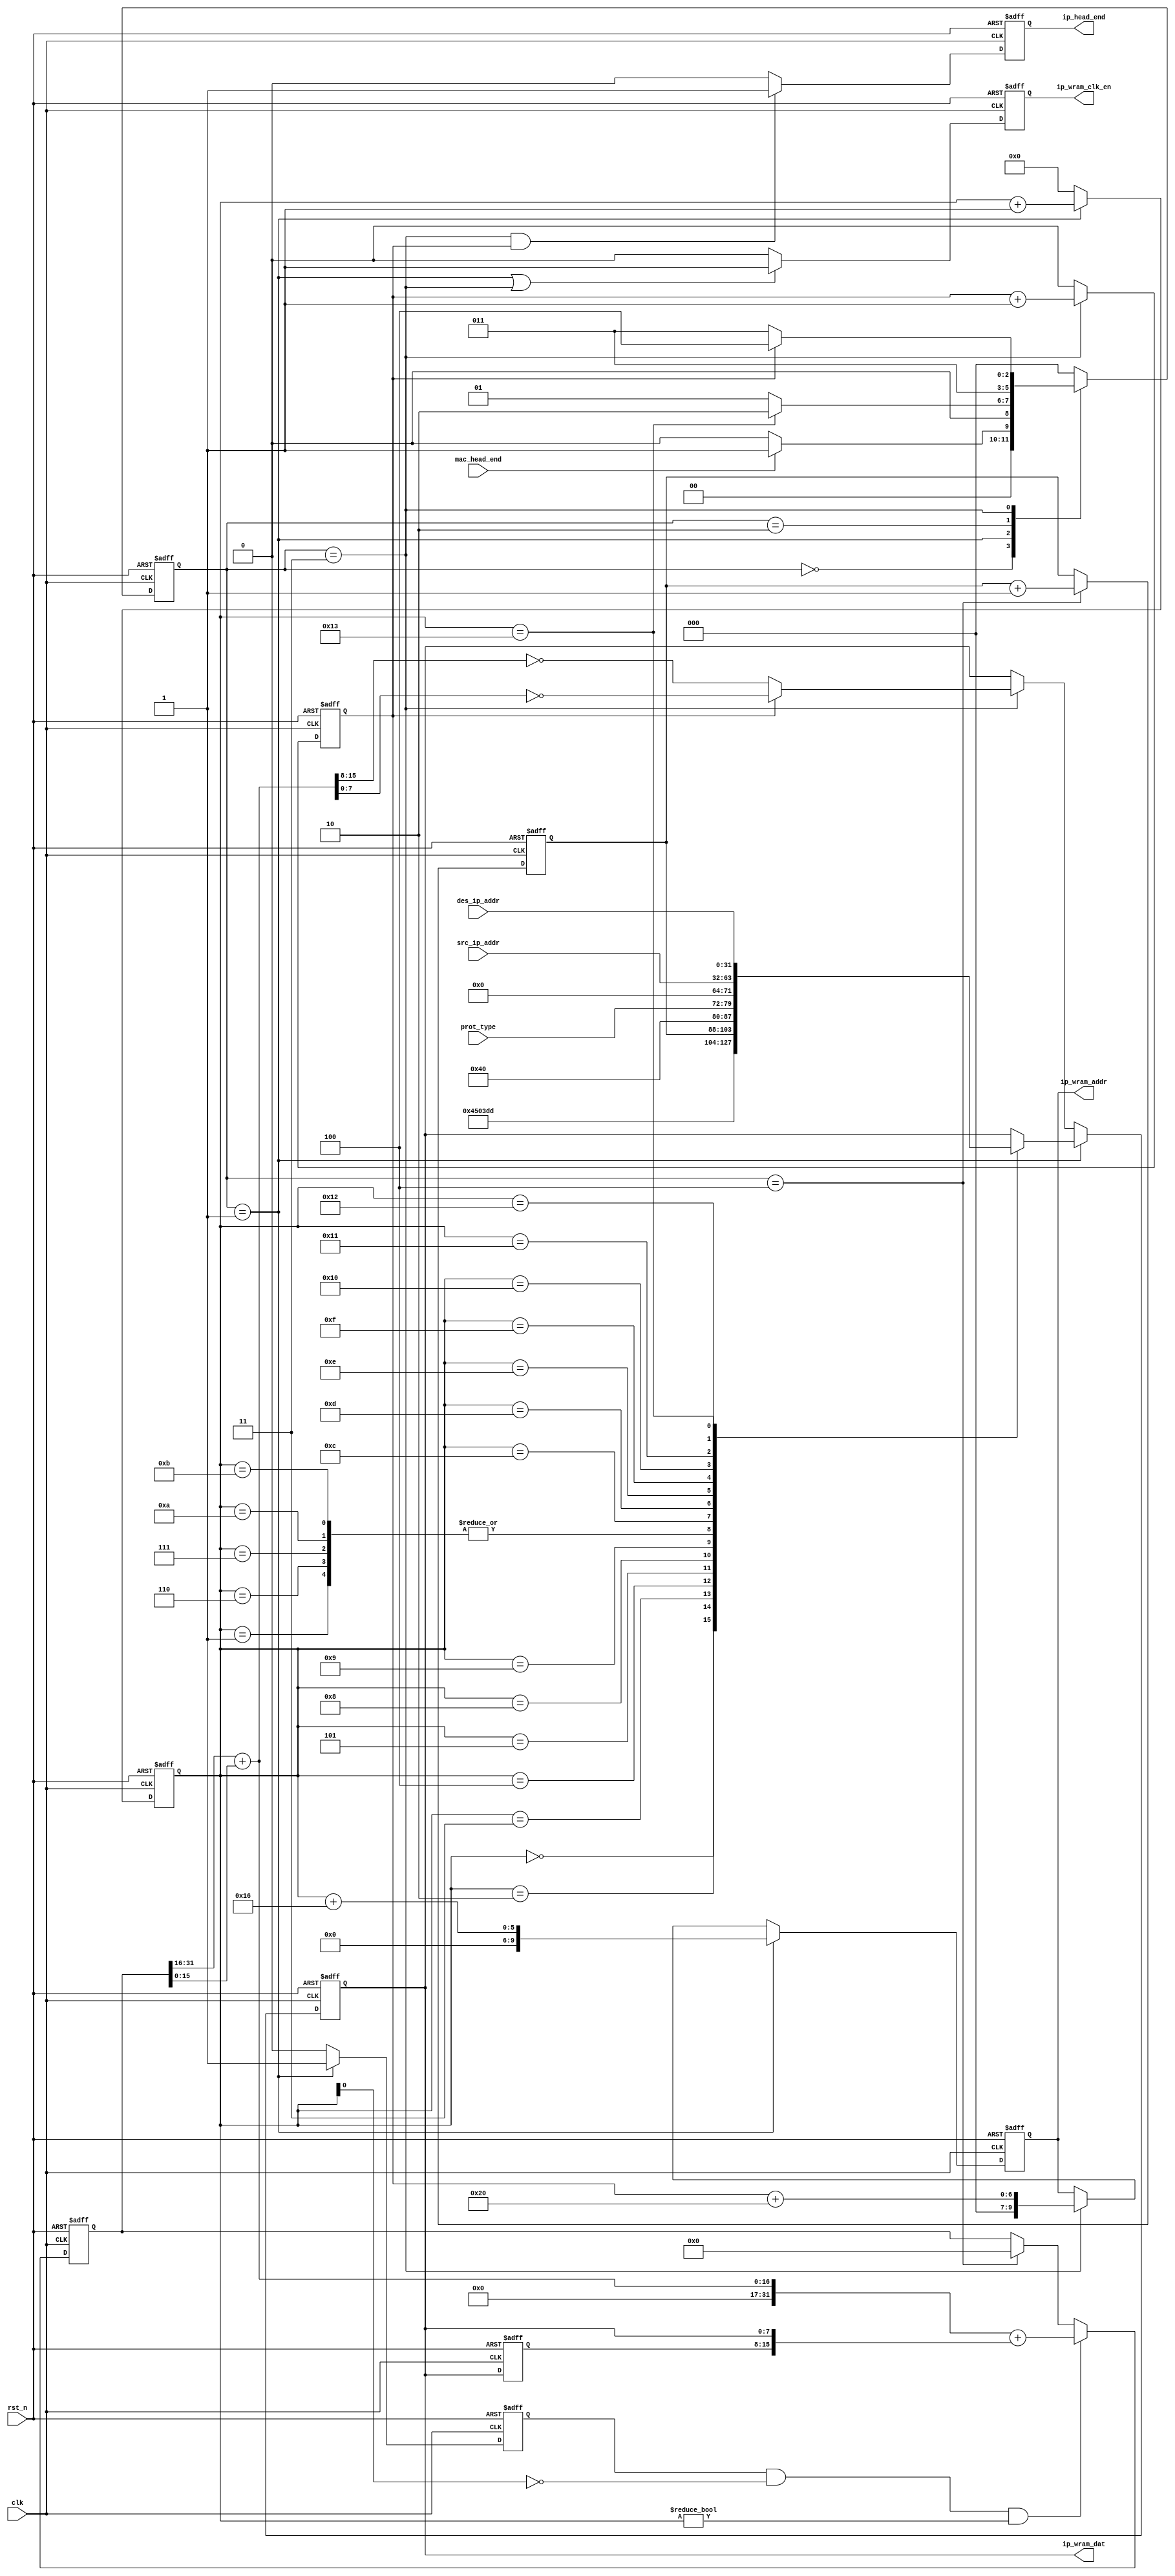
//
// |   | 0~3    | 4~7      | 8~11     | 12~15   | 16~18   | 19~23  | 24~27 | 28~31 |
// |---+--------+----------+----------+---------+---------+--------+-------+-------|
// | 0 | ver    | head len |       service      |        total length              |
// |---+--------+----------+----------+---------+---------+--------+-------+-------|
// | 1 |                  id                    | flag    |          offset        |
// |---+--------+----------+----------+---------+---------+--------+-------+-------|
// | 2 |      life         |       protocol     |       checksum of head           |
// |---+--------+----------+----------+---------+---------+--------+-------+-------|
// | 3 |                            source ip addr                                 |
// |---+---------------------------------------------------------------------------|
// | 4 |                              des ip addr                                  |
// |===+===========================================================================|
// | 5 |                                data                                       |
// |---+---------------------------------------------------------------------------|
// | 6 |                                ...                                        |
// |---+---------------------------------------------------------------------------|
//
//  ver       : 4'h4 (IPv4)
//  head len  : 4'h5 (5*4Bytes = 20Bytes)
//  service   : 8'h00 (normal service)
//  total len : include head + data, max is 65535
//  id        : a 16bit counter, increse 1
//  flag      : 3bit, if segment, 
//  offset    : 13bit, offset of segment
//  life      : max num. of router, decrease 1 through one router. discard data if lift decrease to 0
//              usually set to 32, 64, 128
//  prototol  : TCP(6), UDP(17)
//  CS of head: from ver to des ip addr
//
  
module ip_pack
  (
   //system
   input wire 	     clk,
   input wire 	     rst_n,

   //config
   input wire [7:0]  prot_type, //tcp: 6, udp: 17
   input wire [31:0] src_ip_addr,
   input wire [31:0] des_ip_addr,

   //control
   input wire 	     mac_head_end, //from mac_pack
   output reg 	     ip_head_end, //to udp_pack

   //to buffer RAM
   output reg 	     ip_wram_clk_en,
   output reg [9:0]  ip_wram_addr,
   output reg [7:0]  ip_wram_dat
   
   );

  parameter IDLE   = 3'd0;
  parameter HEAD   = 3'd1;
  parameter WAIT   = 3'd2;
  parameter CHKSUM = 3'd3;
  parameter DONE   = 3'd4;

  reg [2:0] 	     ip_cs;
  reg [2:0] 	     ip_ns;

  reg [4:0] 	     ip_head_cnt; //0~19
  reg [15:0] 	     id_cnt;

  reg 		     ip_chksum_cnt;
  wire [31:0] 	     checksum;
  
  always@(posedge clk, negedge rst_n)
    if(!rst_n)
      ip_cs <= IDLE;
    else
      ip_cs <= ip_ns;

  always@(*)
    case(ip_cs)
      IDLE:
	if(mac_head_end)ip_ns = HEAD;
	else ip_ns = IDLE;
      HEAD:
	if(ip_head_cnt == 5'd19)ip_ns = WAIT;
	else ip_ns = HEAD;
      WAIT:
	ip_ns = CHKSUM;
      CHKSUM:
	if(ip_chksum_cnt == 1'b1)ip_ns = DONE;
	else ip_ns = CHKSUM;
      DONE:
	ip_ns = IDLE;
      default:
	ip_ns = IDLE;
    endcase
     
  //write ip head to buffer RAM
  always@(posedge clk, negedge rst_n)
    if(!rst_n)
      ip_head_cnt <= 5'd0;
    else if(ip_cs == HEAD)
      ip_head_cnt <= ip_head_cnt + 1'b1;
    else
      ip_head_cnt <= 5'd0;

  always@(posedge clk, negedge rst_n)
    if(!rst_n)
      ip_chksum_cnt <= 1'b0;
    else if(ip_cs == CHKSUM)
      ip_chksum_cnt <= ip_chksum_cnt + 1'b1;
    else
      ip_chksum_cnt <= 1'b0;
  
  always@(posedge clk, negedge rst_n)
    if(!rst_n)
      ip_wram_clk_en <= 1'b0;
    else if(ip_cs == HEAD || ip_cs == CHKSUM)
      ip_wram_clk_en <= 1'b1;
    else
      ip_wram_clk_en <= 1'b0;

  always@(posedge clk, negedge rst_n)
    if(!rst_n)
      ip_wram_addr <= 10'd0;
    else if(ip_cs == HEAD)
      ip_wram_addr <= ip_head_cnt + 10'd22;
    else if(ip_cs == CHKSUM)
      ip_wram_addr <= ip_chksum_cnt + 10'd32;
  
  always@(posedge clk, negedge rst_n)
    if(!rst_n)
      ip_wram_dat <= 8'h00;
    else if(ip_cs == HEAD)
      begin
	case(ip_head_cnt)
	  5'd0: ip_wram_dat <= 8'h45; //ipv4,head len
	  5'd1: ip_wram_dat <= 8'h00; //normal service
	  5'd2: ip_wram_dat <= 8'h03; //03, dc
	  5'd3: ip_wram_dat <= 8'hdd;
	  5'd4: ip_wram_dat <= id_cnt[15:8];
	  5'd5: ip_wram_dat <= id_cnt[7:0];
	  5'd6: ip_wram_dat <= 8'h00; //offset, flag
	  5'd7: ip_wram_dat <= 8'h00;
	  5'd8: ip_wram_dat <= 8'h40; //life: 128
	  5'd9: ip_wram_dat <= prot_type; //protocol
	  5'd10: ip_wram_dat <= 8'h00; //unset checksum
	  5'd11: ip_wram_dat <= 8'h00;
	  5'd12: ip_wram_dat <= src_ip_addr[31:24]; //src ip addr
	  5'd13: ip_wram_dat <= src_ip_addr[23:16];
	  5'd14: ip_wram_dat <= src_ip_addr[15:8];
	  5'd15: ip_wram_dat <= src_ip_addr[7:0];
	  5'd16: ip_wram_dat <= des_ip_addr[31:24]; //des ip addr
	  5'd17: ip_wram_dat <= des_ip_addr[23:16];
	  5'd18: ip_wram_dat <= des_ip_addr[15:8];
	  5'd19: ip_wram_dat <= des_ip_addr[7:0];
	endcase
      end
    else if(ip_cs == CHKSUM)
      begin
	if(ip_chksum_cnt == 1'b0)ip_wram_dat <= ~checksum[15:8];
	else ip_wram_dat <= ~checksum[7:0];
      end

  //end
  always@(posedge clk, negedge rst_n)
    if(!rst_n)
      ip_head_end <= 1'b0;
    else if(ip_cs == CHKSUM && ip_chksum_cnt == 1'b1)
      ip_head_end <= 1'b1;
    else
      ip_head_end <= 1'b0;

  //ip id_cnt
  always@(posedge clk, negedge rst_n)
    if(!rst_n)
      id_cnt <= 16'd0;
    else if(ip_cs == DONE)
      id_cnt <= id_cnt + 1'b1;

  //checksum
  reg [7:0]ip_wram_dat_dly;
  always@(posedge clk, negedge rst_n)
    if(!rst_n)
      ip_wram_dat_dly <= 8'h00;
    else
      ip_wram_dat_dly <= ip_wram_dat;

  reg 	   st_head_dly;
  always@(posedge clk, negedge rst_n)
    if(!rst_n)
      st_head_dly <= 1'b0;
    else if(ip_cs == HEAD)
      st_head_dly <= 1'b1;
    else
      st_head_dly <= 1'b0;
  
  reg [31:0] sum_ext;
  always@(posedge clk, negedge rst_n)
    if(!rst_n)
      sum_ext <= 32'b0;
    else if(st_head_dly && 
	    !ip_head_cnt[0] && ip_head_cnt != 5'd0)
      begin
	sum_ext <= checksum + {ip_wram_dat_dly,ip_wram_dat};
      end
    else if(ip_cs == DONE)
      sum_ext <= 32'b0;
  
  assign checksum = sum_ext[31:16] + sum_ext[15:0];

  
endmodule // ip_pack